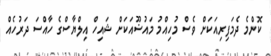
ކޮންމެ ދެމަފިރިއަކަށް ވެސް މުހިއްމު މައުޟޫއަކަށް ޝައިހް އިލްޔާސްގެ ހާއްސަ ދަރުހެއް